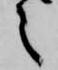
之